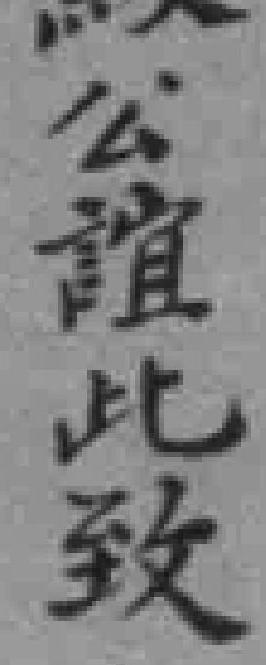
公谊此致